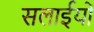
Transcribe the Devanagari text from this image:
सलाईयों